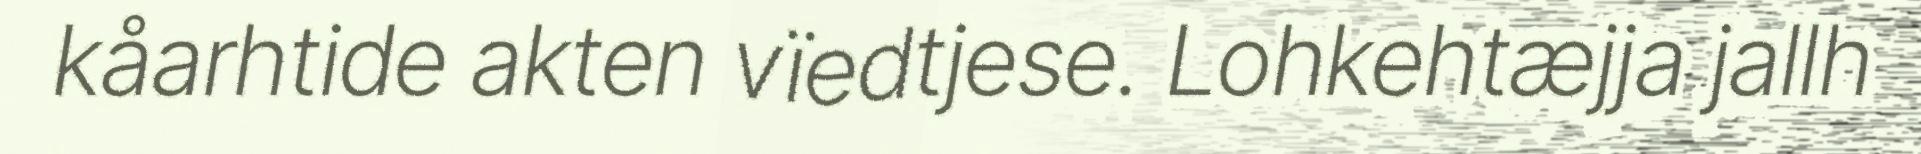
kåarhtide akten vïedtjese. Lohkehtæjja jallh